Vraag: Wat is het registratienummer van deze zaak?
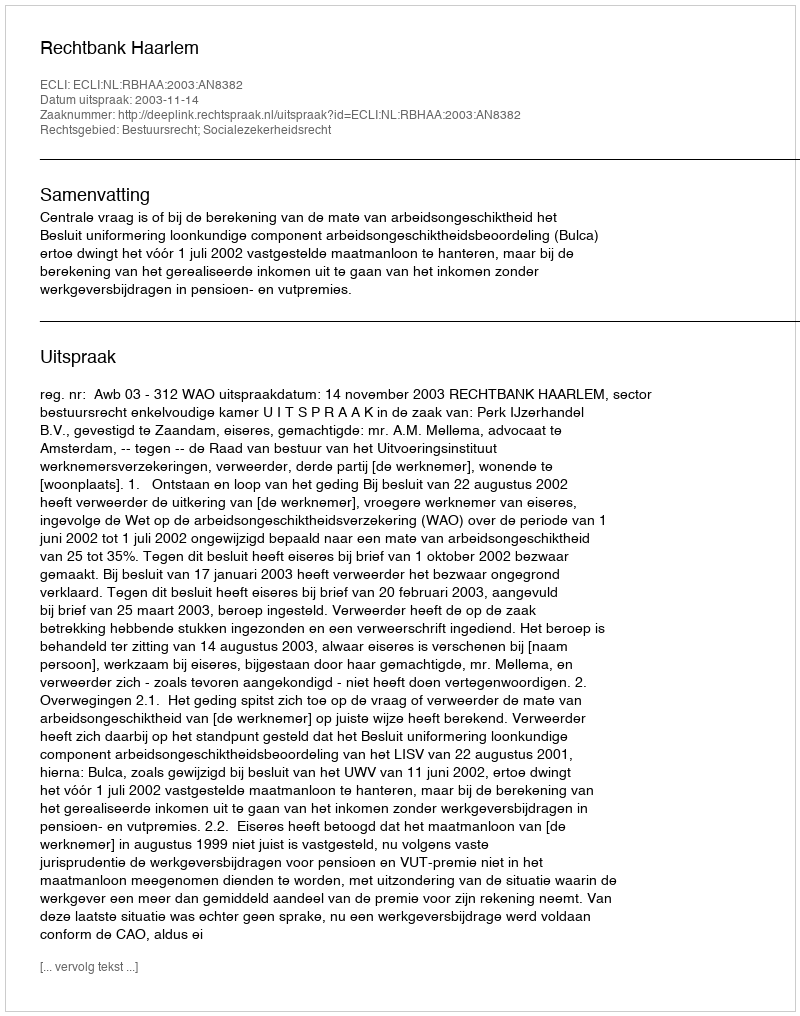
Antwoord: http://deeplink.rechtspraak.nl/uitspraak?id=ECLI:NL:RBHAA:2003:AN8382